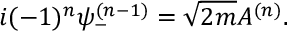
i ( - 1 ) ^ { n } \psi _ { - } ^ { ( n - 1 ) } = \sqrt { 2 m } A ^ { ( n ) } .